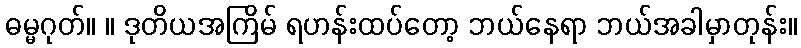
ဓမ္မဂုတ်။ ။ ဒုတိယအကြိမ် ရဟန်းထပ်တော့ ဘယ်နေရာ ဘယ်အခါမှာတုန်း။